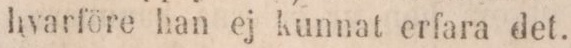
hvarföre han ej kunnat erfara det.